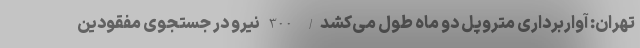
تهران: آواربرداری متروپل دو ماه طول می‌کشد/ 300 نیرو در جستجوی مفقودین